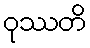
ဝုဿတိ